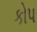
કોપ